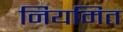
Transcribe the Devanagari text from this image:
नियमित